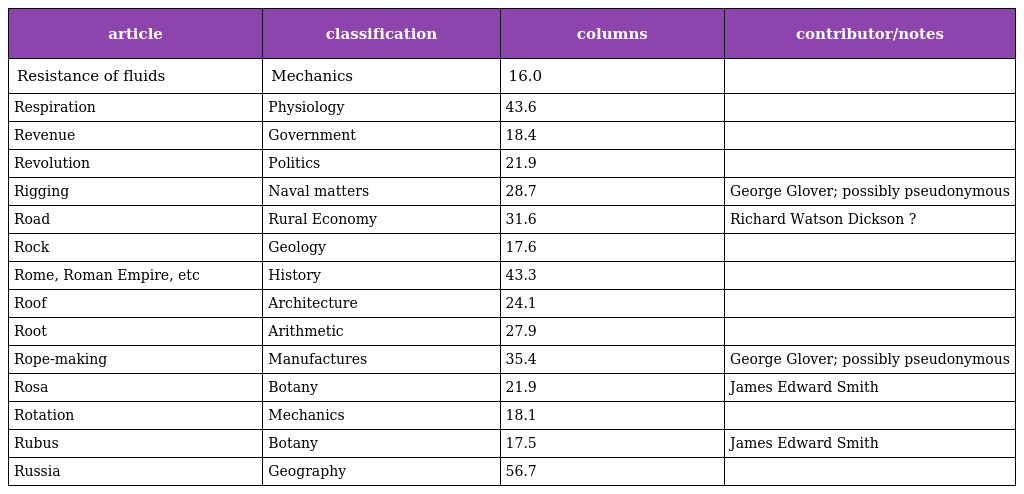
| article | classification | columns | contributor/notes |
 | --- | --- | --- | --- |
 | Resistance of fluids | Mechanics | 16.0 |  |
 | Respiration | Physiology | 43.6 |  |
 | Revenue | Government | 18.4 |  |
 | Revolution | Politics | 21.9 |  |
 | Rigging | Naval matters | 28.7 | George Glover; possibly pseudonymous |
 | Road | Rural Economy | 31.6 | Richard Watson Dickson ? |
 | Rock | Geology | 17.6 |  |
 | Rome, Roman Empire, etc | History | 43.3 |  |
 | Roof | Architecture | 24.1 |  |
 | Root | Arithmetic | 27.9 |  |
 | Rope-making | Manufactures | 35.4 | George Glover; possibly pseudonymous |
 | Rosa | Botany | 21.9 | James Edward Smith |
 | Rotation | Mechanics | 18.1 |  |
 | Rubus | Botany | 17.5 | James Edward Smith |
 | Russia | Geography | 56.7 |  |